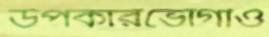
উপকারভোগীও